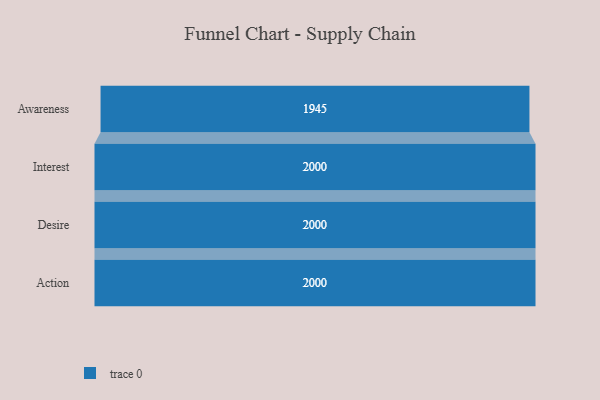
{"axis": {"x": "Stage", "y": "Value"}, "legend": [""], "data": [{"x": "Awareness", "y": 1945.0, "type": ""}, {"x": "Interest", "y": 2000, "type": ""}, {"x": "Desire", "y": 2000, "type": ""}, {"x": "Action", "y": 2000, "type": ""}]}